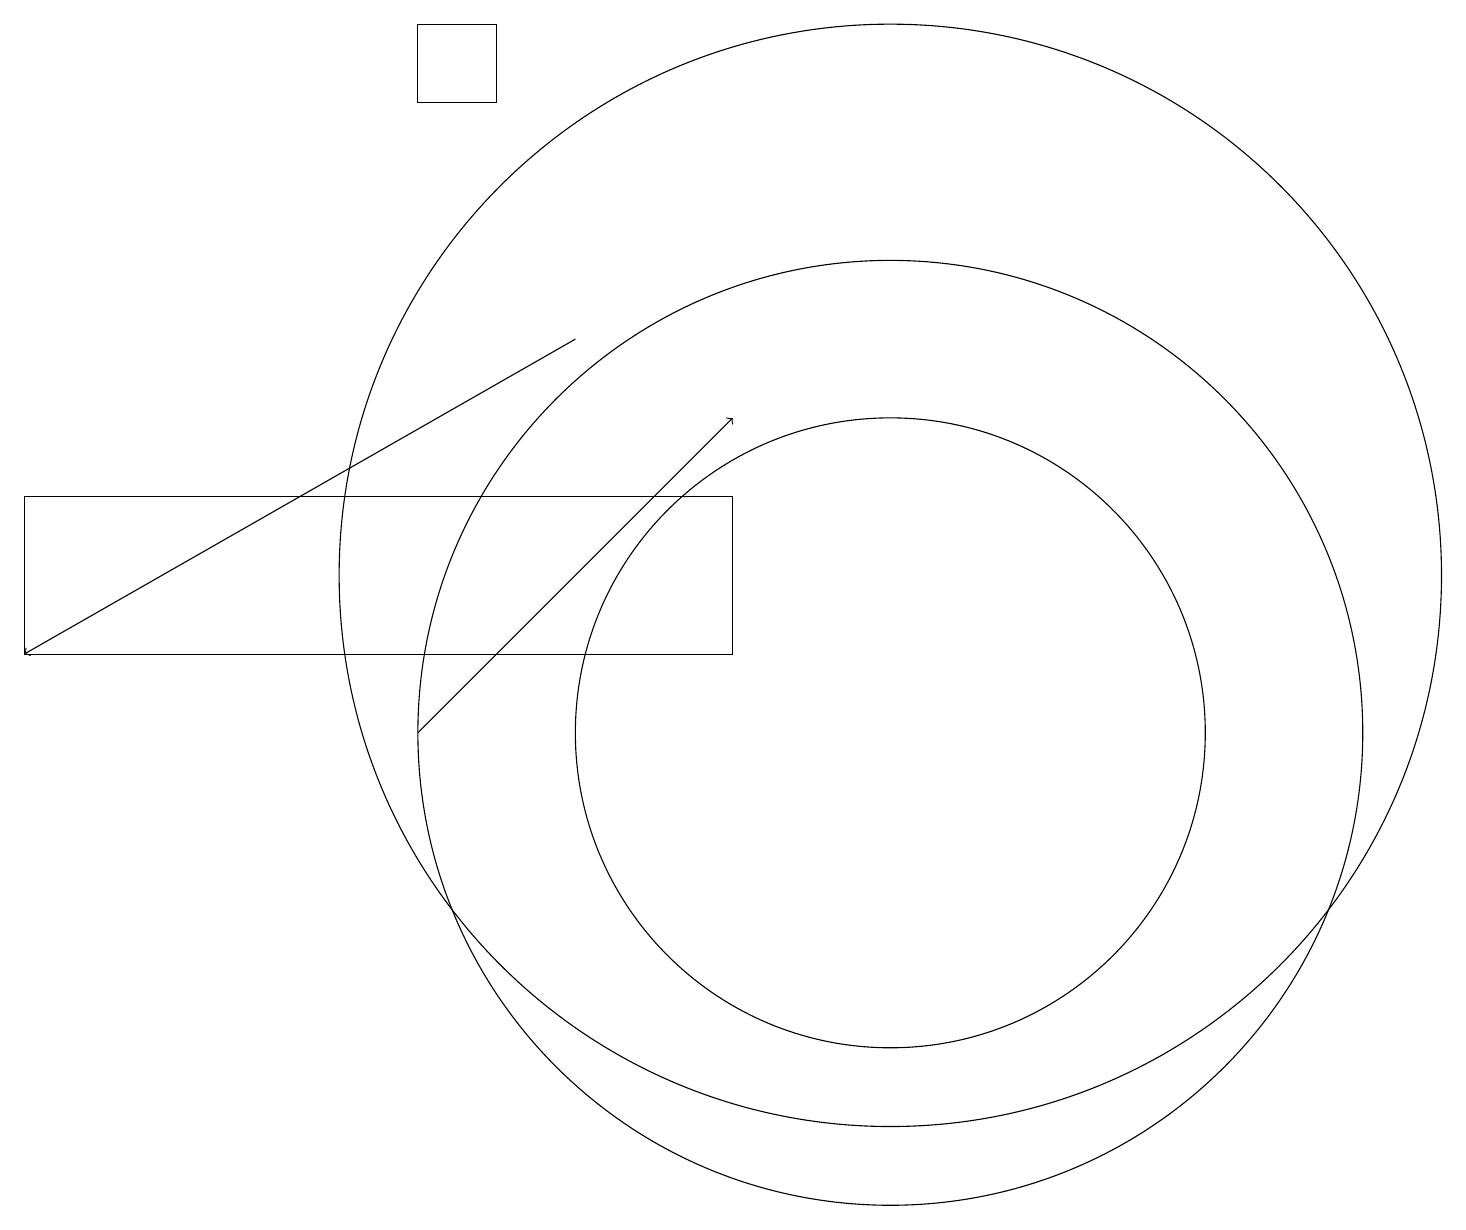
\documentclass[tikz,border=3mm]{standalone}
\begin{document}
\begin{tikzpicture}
\draw (5,19) rectangle (6,18);
\draw[->] (7,15) -- (0,11);
\draw (9,13) rectangle (0,11);
\draw (11,12) circle (7);
\draw (11,10) circle (4);
\draw[->] (5,10) -- (9,14);
\draw (11,10) circle (6);
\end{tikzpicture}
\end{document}